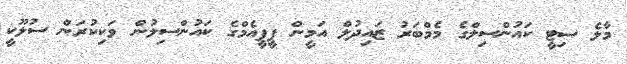
މާލެ ސިޓީ ކައުންސިލްގެ މެމްބަރު ޒައިދުލް އަމީން ޕީޕީއެމްގެ ކައުންސިލުން ވަކިކުރަން ސުލޫކީ